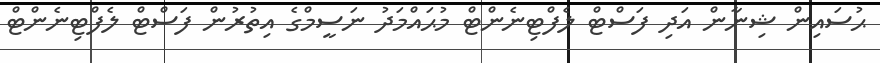
ޙުސައިން ޝިނާން އަދި ފަސްޓް ލެފްޓިނެންޓް މުޙައްމަދު ނަސީމްގެ އިތުރުން ފަސްޓް ލެފްޓިނެންޓް